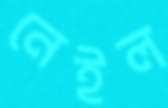
নেইল